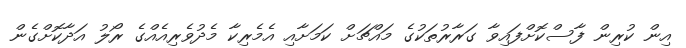
އިން ކުރިން ފާސްކޮށްފައިވާ ގަރާރުތަކުގެ މައްޗަށް ކަމަށާއި އެމެރިކާ މެދުވެރިއެއްގެ ރޯލު އަދާކޮށްގެން